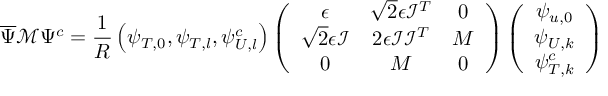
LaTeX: \overline { { { \Psi } } } \mathcal { M } \Psi ^ { c } = \frac { 1 } { R } \left( \psi _ { T , 0 } , \psi _ { T , l } , \psi _ { U , l } ^ { c } \right) \left( \begin{array} { c c c } { { \epsilon } } & { { \sqrt { 2 } \epsilon \mathcal { I } ^ { T } } } & { { 0 } } \\ { { \sqrt { 2 } \epsilon \mathcal { I } } } & { { 2 \epsilon \mathcal { I } \mathcal { I } ^ { T } } } & { { M } } \\ { { 0 } } & { { M } } & { { 0 } } \end{array} \right) \left( \begin{array} { c } { { \psi _ { u , 0 } } } \\ { { \psi _ { U , k } } } \\ { { \psi _ { T , k } ^ { c } } } \end{array} \right)